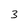
Character: 3